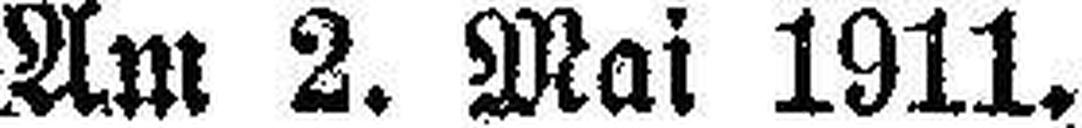
Am 2. Mai 1911.